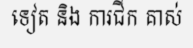
ទៀត និង ការជីក គាស់